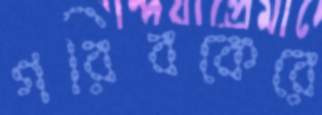
গরিবকেরে